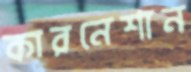
কারনেশান